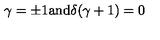
\gamma = \pm 1 \mathrm { a n d } \delta ( \gamma + 1 ) = 0